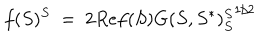
f ( S ) ^ { S } \ = \ 2 R e f ( S ) { G ( S , S ^ { * } ) _ { S } ^ { S } } ^ { 1 / 2 }